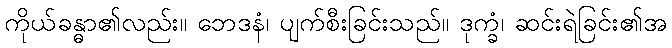
ကိုယ်ခန္ဓာ၏လည်း။ ဘေဒနံ၊ ပျက်စီးခြင်းသည်။ ဒုက္ခံ၊ ဆင်းရဲခြင်း၏အ